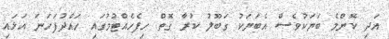
އަދި ކޮންމެ ބަޔަކުވެސް އެބަޔަކު ގަބޫލު ކުރާ ގޮތް ހިފެހެއްޓުމުގައި ހައްދުފަހަނަ އަޅައި